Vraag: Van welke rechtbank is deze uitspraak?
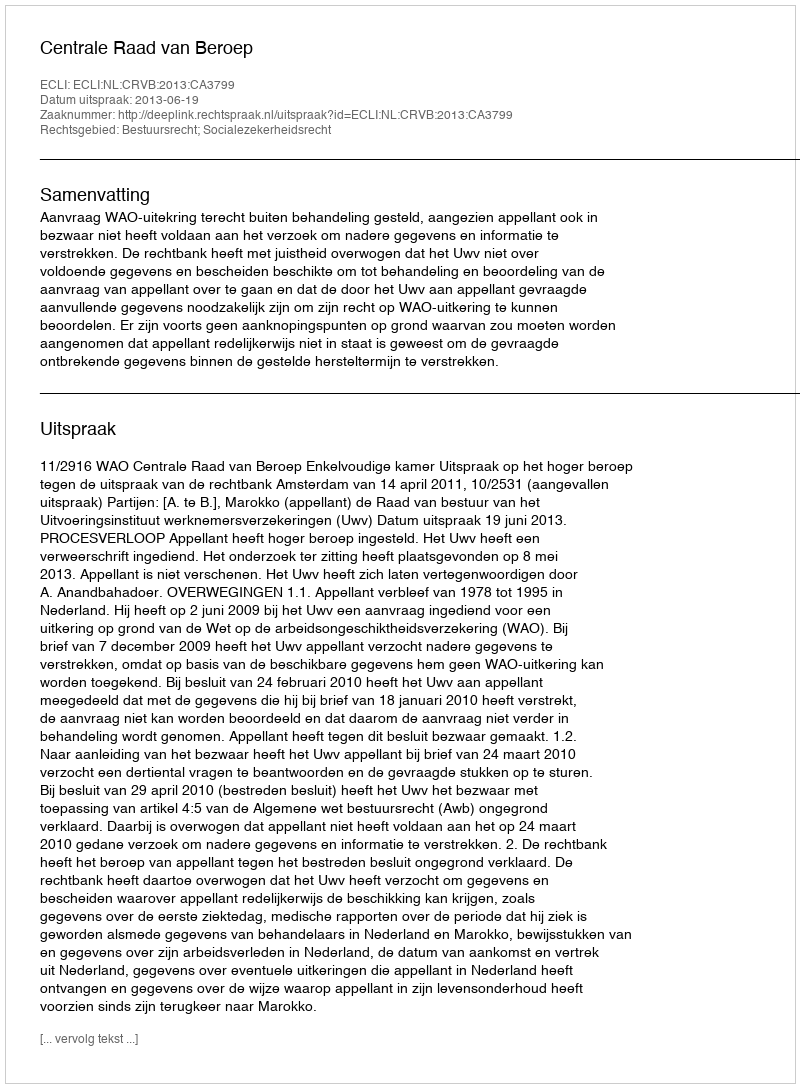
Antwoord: Centrale Raad van Beroep